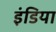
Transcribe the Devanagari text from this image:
इंडिया